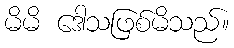
မိမိ ဒေါသဖြစ်မိသည်။